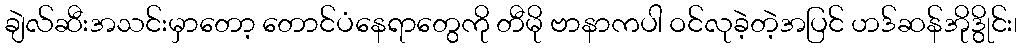
ချဲလ်ဆီးအသင်းမှာတော့ တောင်ပံနေရာတွေကို တီမို ဗာနာကပါ ဝင်လုခဲ့တဲ့အပြင် ဟဒ်ဆန်အိုဒွိုင်း၊